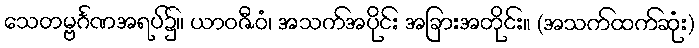
သေတမ္ဗင်္ဂဏအရပ်၌။ ယာဝဇီဝံ၊ အသက်အပိုင်း အခြားအတိုင်း။ (အသက်ထက်ဆုံး)